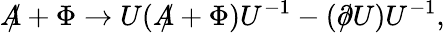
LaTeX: A\! \! \! /+\Phi\rightarrow U(A\! \! \! /+\Phi)U^{-1}-(\partial\! \! \! /U)U^{-1},